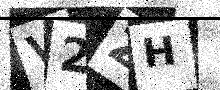
Text: V2ZH